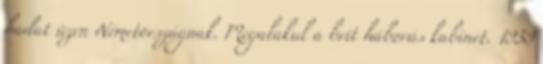
hadat üzen Németországnak. Megalakul a brit háborús kabinet. 1939